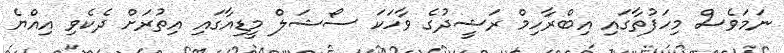
ނަމަވެސް މިހަފުތާގައި އިބްރާހިމް ރަޝީދުގެ ވާހަކަ ސޯޝަލް މީޑިއާގައި އިތުރަށް ދެކެވި އިއްޔެ